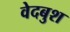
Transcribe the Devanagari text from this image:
वेदबुश